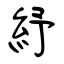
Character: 紓